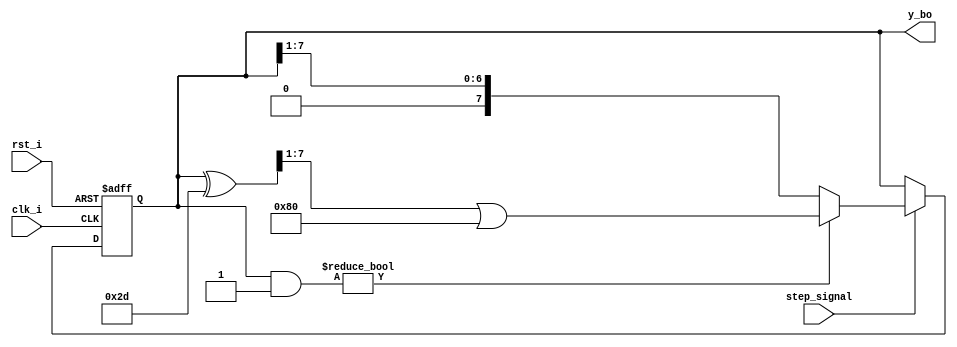
`timescale 1ns / 1ps

module lfsr(
    input clk_i,
    input rst_i,
    
    input step_signal,
    
    output reg [7:0] y_bo = 8'b00000001
    );
    
    localparam POLY = 8'b00101101; // y = 1 + x^2 + x^3 + x^5 + x^8
    localparam ONE = 8'b00000001;
    
    always@(posedge clk_i, posedge rst_i)
        if(rst_i) begin
           y_bo <= 0;
        end else if (step_signal) begin
            if(y_bo & ONE) begin
                y_bo <= (y_bo ^ POLY)>>1 | 8'b10000000;
            end else begin
                y_bo <= y_bo>>1;
            end
        end
endmodule